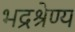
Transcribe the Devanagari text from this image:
भद्रश्रेण्य